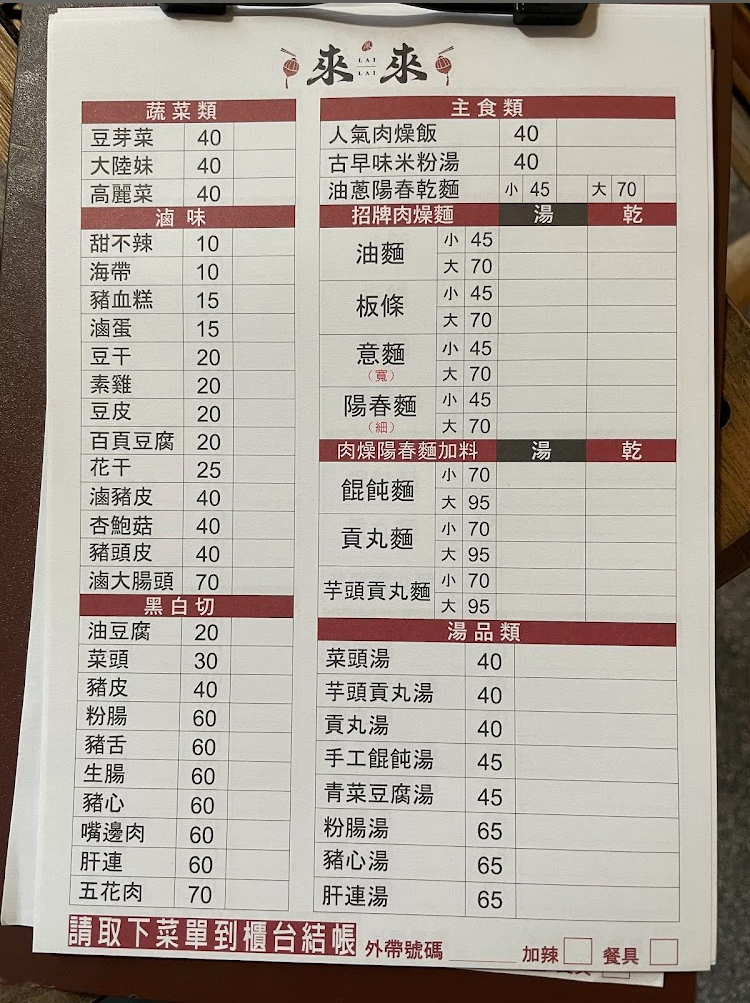
餐廳：來來
菜單：
name: 豆芽菜
price: 40
name: 大陸妹
price: 40
name: 高麗菜
price: 40
name: 甜不辣
price: 10
name: 海帶
price: 10
name: 豬血糕
price: 15
name: 滷蛋
price: 15
name: 豆干
price: 20
name: 素雞
price: 20
name: 豆皮
price: 20
name: 百頁豆腐
price: 20
name: 花干
price: 25
name: 滷豬皮
price: 40
name: 杏鮑菇
price: 40
name: 豬頭皮
price: 40
name: 滷大腸頭
price: 70
name: 黑白切
price: 70
name: 油豆腐
price: 20
name: 菜頭
price: 30
name: 豬皮
price: 40
name: 粉腸
price: 60
name: 豬舌
price: 60
name: 生腸
price: 60
name: 豬心
price: 60
name: 嘴邊肉
price: 60
name: 肝連
price: 60
name: 五花肉
price: 70
name: 人氣肉燥飯
price: 40
name: 古早味米粉湯
price: 40
name: 油蔥陽春乾麵小
price: 45
name: 油蔥陽春乾麵大
price: 70
name: 油麵小
price: 45
name: 油麵大
price: 70
name: 板條小
price: 45
name: 板條大
price: 70
name: 意麵小
price: 45
name: 意麵大
price: 70
name: 陽春麵小
price: 45
name: 陽春麵大
price: 70
name: 餛飩麵小
price: 70
name: 餛飩麵大
price: 95
name: 貢丸麵小
price: 70
name: 貢丸麵大
price: 95
name: 芋頭貢丸麵小
price: 70
name: 芋頭貢丸麵大
price: 95
name: 菜頭湯
price: 40
name: 芋頭貢丸湯
price: 40
name: 貢丸湯
price: 40
name: 手工餛飩湯
price: 45
name: 青菜豆腐湯
price: 45
name: 粉腸湯
price: 65
name: 豬心湯
price: 65
name: 肝連湯
price: 65